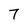
Character: 7